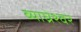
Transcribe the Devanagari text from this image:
ब्याघ्रेश्वर